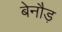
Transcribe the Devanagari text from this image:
बेनौड़